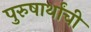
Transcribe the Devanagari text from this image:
पुरुषार्थांची